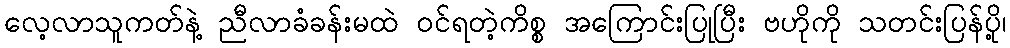
လေ့လာသူကတ်နဲ့ ညီလာခံခန်းမထဲ ဝင်ရတဲ့ကိစ္စ အကြောင်းပြုပြီး ဗဟိုကို သတင်းပြန်ပို့၊